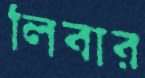
লিবার